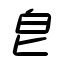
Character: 皀